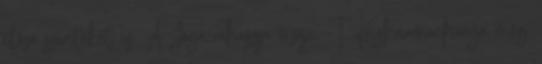
előző szinteket is. A Jóga-rahaszja őrzője, T. Krishnamacharya még